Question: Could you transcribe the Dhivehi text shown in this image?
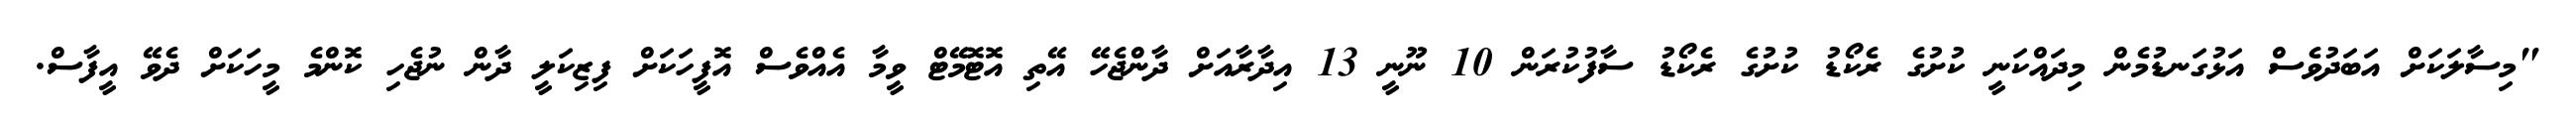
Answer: "މިސާލަކަށް އަބަދުވެސް އަޅުގަނޑުމެން މިދައްކަނީ ކުށުގެ ރެކޯޑު ކުށުގެ ރެކޯޑު ސާފުކުރަން 10 ނޫނީ 13 އިދާރާއަށް ދާންޖެހޭ އޭތި އޮޓޮމޭޓް ވީމާ އެއްވެސް އޮފީހަކަށް ފިޒިކަލީ ދާން ނުޖެހި ކޮންމެ މީހަކަށް ދެވޭ އީފާސް.